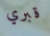
قبري